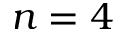
n = 4